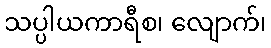
သပ္ပါယကာရီစ၊ လျောက်၊